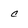
Character: c